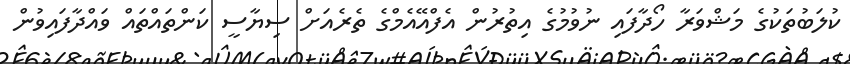
ކުލަބުތަކުގެ މަޝްވަރާ ހޯދާފައި ނުވުމުގެ އިތުރުން އެފްއޭއެމްގެ ތެރެއަށް ސިޔާސީ ކަންތައްތައް ވައްދާފައިވުން